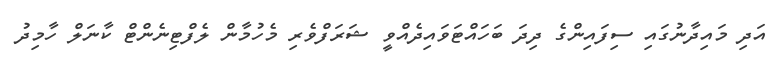
އަދި މައިދާނުގައި ސިފައިންގެ ދިދަ ބަހައްޓަވައިދެއްވީ ޝަރަފްވެރި މެހުމާން ލެފްޓިނެންޓް ކާނަލް ހާމިދު